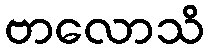
ဗာလောသိ